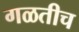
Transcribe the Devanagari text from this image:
गळतीच